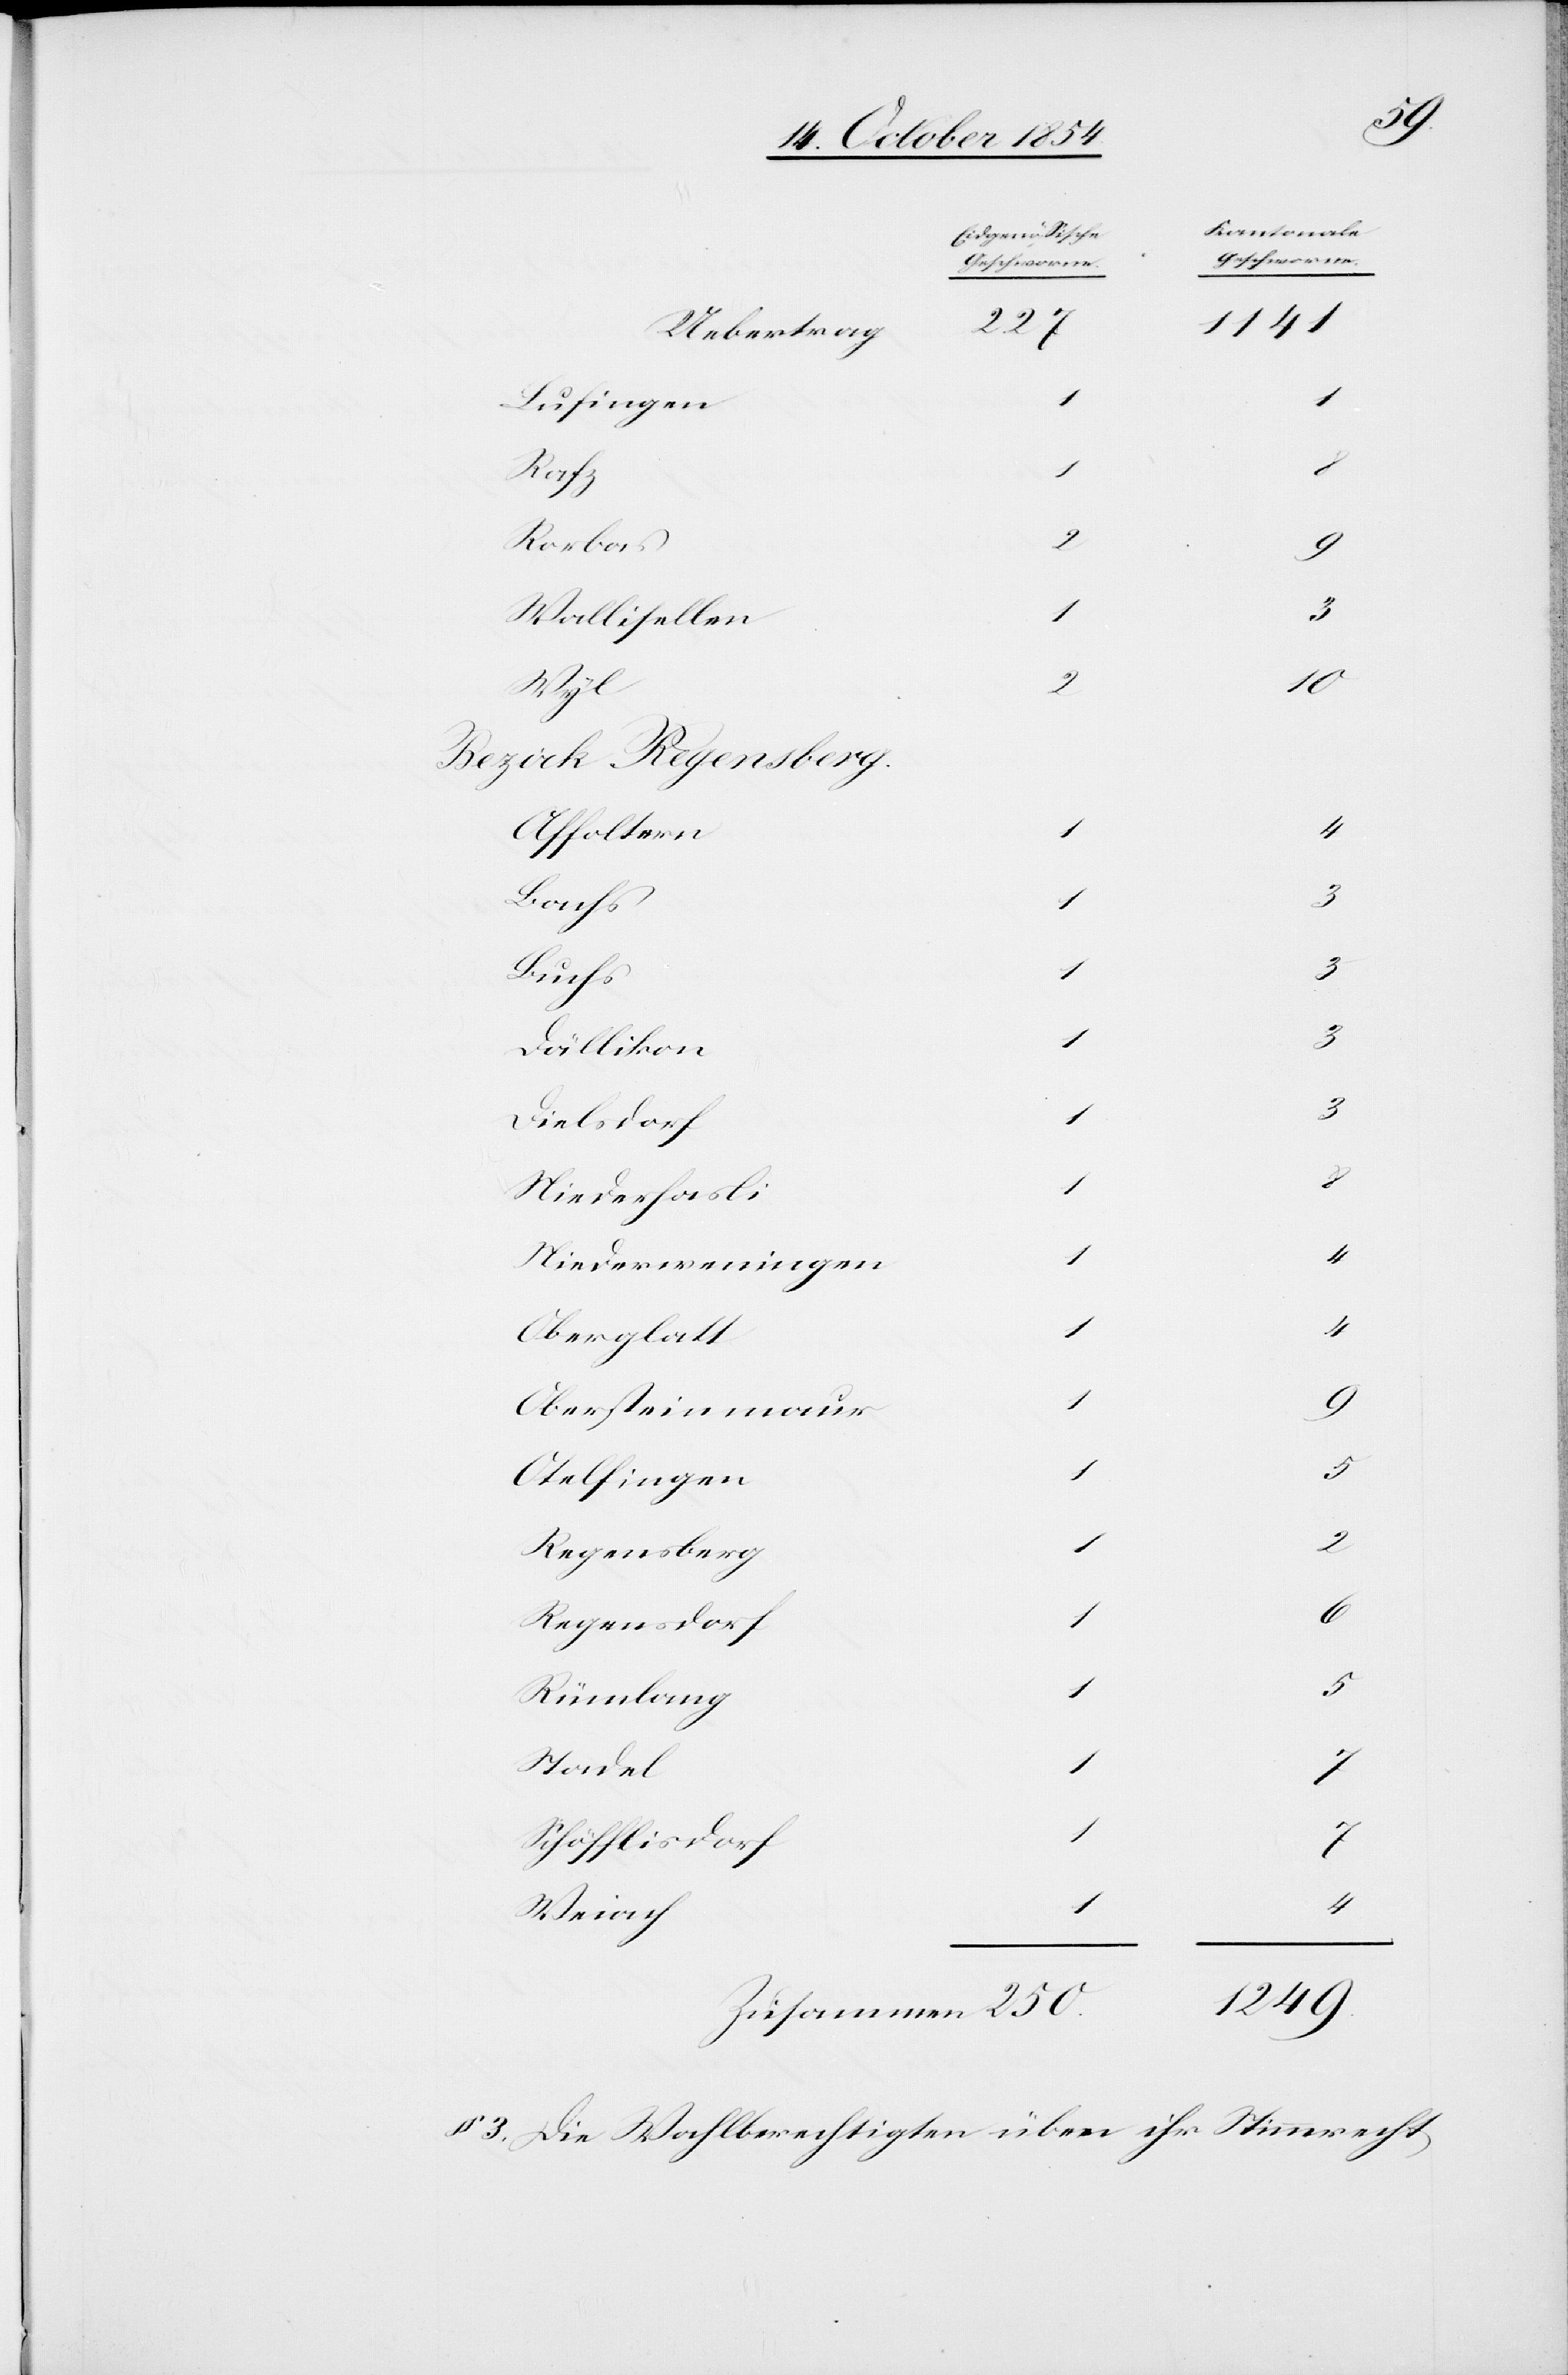
[Eidgenößische
Geschworne.]
1141
227
Uebertrag
1
9
Lufingen
1
Rafz
Rorbas
Wallisellen
1
2
10
Bezirk Regensberg.
Affoltern
Bachs
1
3
Dällikon
3
Dielsdorf
250
3
Niederhasli
1
8
Niederweningen
1
4
Oberglatt
1
4
Obersteinmaur
Otelfingen
5
Regensberg
1
Regensdorf
1
Rümlang
1
Stadel
1
7
Schöfflisdorf
1
4
Weiach
1249
§ 3. Die Wahlberechtigten üben ihr Stimmrecht